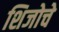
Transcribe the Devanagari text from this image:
शिजोचे